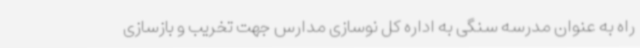
راه به عنوان مدرسه سنگی به اداره کل نوسازی مدارس جهت تخریب و بازسازی